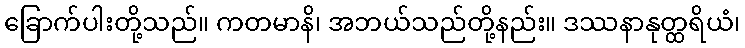
ခြောက်ပါးတို့သည်။ ကတမာနိ၊ အဘယ်သည်တို့နည်း။ ဒဿနာနုတ္ထရိယံ၊